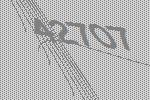
42707